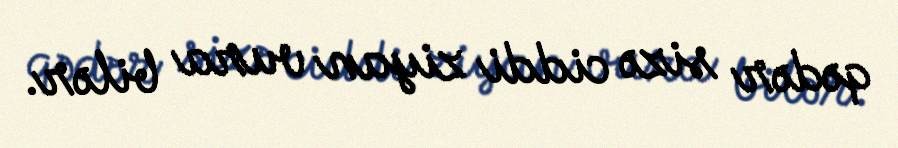
qədər sizə ciddi ziyan vura bilər.